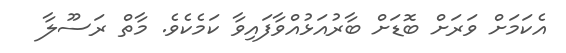
އެކަމަށް ވަރަށް ބޮޑަށް ބާރުއަޅުއްވާފައިވާ ކަމެކެވެ. މާތް ރަސޫލާ